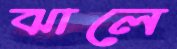
ঝালে